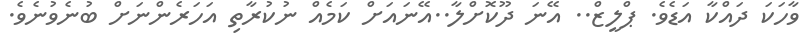
ވާހަކަ ދައްކާ އަޑެވެ. ޕްލީޒް.. އޭނަ ދޫކޮށްލާ..އޭނައަށް ކަމެއް ނުކުރާތި އަހަރެންނަށް ބުނެވުނެވެ.